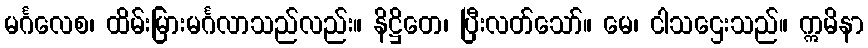
မင်္ဂလေစ၊ ထိမ်းမြားမင်္ဂလာသည်လည်း။ နိဋ္ဌိတေ၊ ပြီးလတ်သော်။ မေ၊ ငါသဌေးသည်။ ဣမိနာ